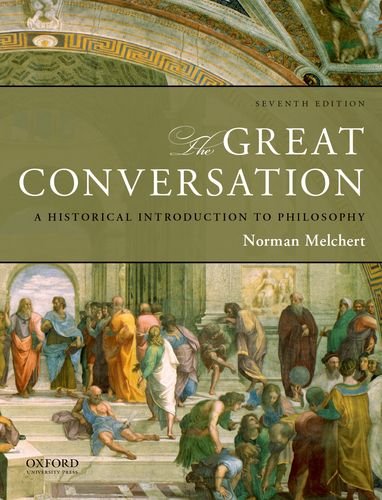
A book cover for The Great Conversation: A Historical Introduction to Philosophy; Norman Melchert; Politics & Social Sciences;